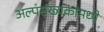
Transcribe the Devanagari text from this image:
अल्पसंख्यकांमध्ये